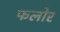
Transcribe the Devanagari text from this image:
फलोर